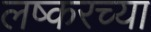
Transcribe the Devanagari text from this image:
लष्करच्या